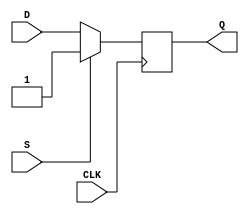
module d_flip_flop_with_set (
    input wire D,
    input wire CLK,
    input wire S,
    output reg Q
);

always @(posedge CLK) begin
    if (S) begin
        Q <= 1'b1;  // Set output to 1
    end else begin
        Q <= D;     // Store D when clock signal transitions
    end
end

endmodule